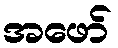
အဖော်